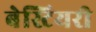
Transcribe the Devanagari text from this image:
बेस्टियरी